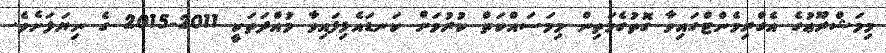
މިމަޝްރޫޢުގެ އެގްރިމެންޓްގައިވާ ގޮތުގެމަތިން މިމަސައްކަތް ކުރުމަށް ކަނޑައެޅިފައިވާ މުއްދަތަކީ 2011-2015 ގެ ނިޔަލަށެވެ.